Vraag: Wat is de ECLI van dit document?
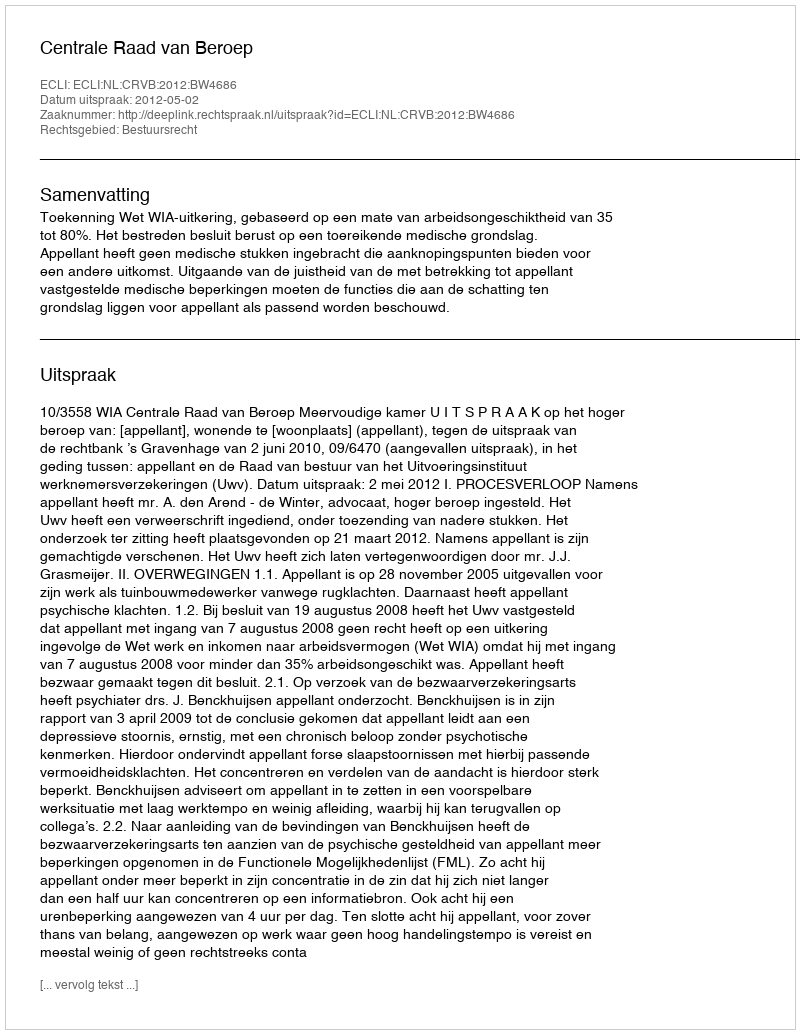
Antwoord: ECLI:NL:CRVB:2012:BW4686